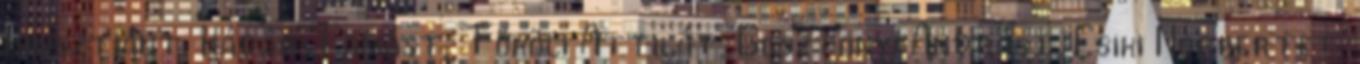
Krisztiánt, Kádár Tamást, Tököli Attilát, Gosztonyi Andrást, Csiki Norbertet,